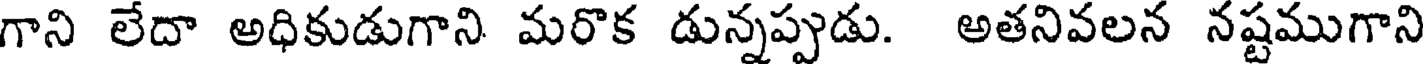
గాని లేదా అధికుడుగాని మరొక డున్నప్పుడు. అతనివలన నష్టముగాని